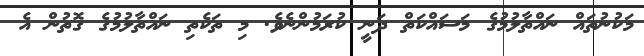
މަކުނުތައް ނައްތާލުމުގެ މަސައްކަތް ދަނީ ކުރަމުންނެވެ. މި ތަކެތި ނައްތާލުމުގެ ގޮތުން އެ